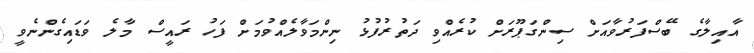
އާއިލާގެ ބޭސްފަރުވާއަށް ސިންގަޕޫރަށް ކުރެއްވި ދަތުރުފުޅު ނިންމަވާލެއްވުމަށް ފަހު ރައީސް މާލެ ވަޑައިގެންނެވީ